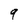
Character: 9